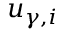
u _ { \gamma , i }